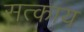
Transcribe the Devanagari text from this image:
सत्काय